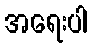
အရေးပါ